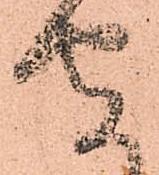
安